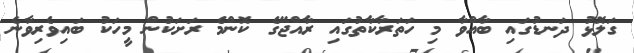
ގަލޮޅު ދަނޑުގައި ބާއްވާ މި ހަތަރާކާތުގައި ރާއްޖޭގެ ކޮންމެ ރަށަކުން މީހަކު ބައިވެރިވާނެ